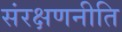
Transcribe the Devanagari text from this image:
संरक्षणनीति